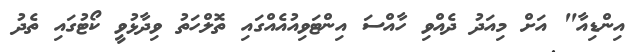
އިންޑިއާ" އަށް މިއަދު ދެއްވި ހާއްސަ އިންޓަވިއުއެއްގައި ތޮލްހަތު ވިދާޅުވީ ކޯޓުގައި ތެދު